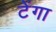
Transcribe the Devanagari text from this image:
टेंगा